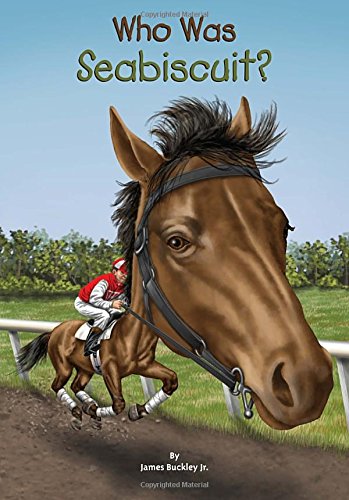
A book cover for Who Was Seabiscuit?; James Buckley; Children's Books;